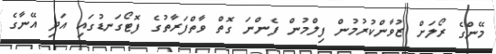
މޭންގެ ރޯލަށް ޒުވާންކުރުމުން ފިލްމުން ފެންނަ ގޮތް ވާތްފަރާތުގެ ފޮޓޯގަނޑުގައި އަދި އޭނާގެ